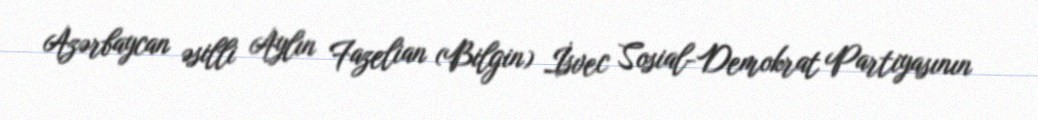
Azərbaycan əsilli Aylın Fazelian (Bilgin) İsvec Sosial-Demokrat Partiyasının